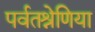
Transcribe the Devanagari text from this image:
पर्वतश्रेणिया